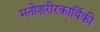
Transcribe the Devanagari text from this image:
मनोशरीरकार्यिकी